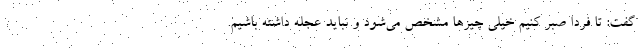
گفت: تا فردا صبر کنیم خیلی چیزها مشخص می‌شود و نباید عجله داشته باشیم.